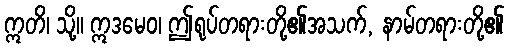
ဣတိ၊ သို့။ ဣဒမေဝ၊ ဤရုပ်တရားတို့၏အသက်, နာမ်တရားတို့၏